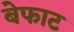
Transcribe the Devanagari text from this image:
बेफाट